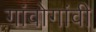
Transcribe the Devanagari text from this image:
गांवोगांवी